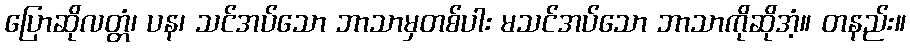
ပြောဆိုလတ္တံ၊ ပန၊ သင်အပ်သော ဘာသာမှတစ်ပါး မသင်အပ်သော ဘာသာကိုဆိုအံ့။ တနည်း။